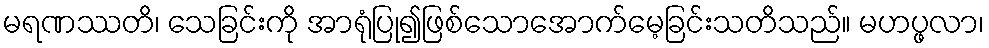
မရဏဿတိ၊ သေခြင်းကို အာရုံပြု၍ဖြစ်သောအောက်မေ့ခြင်းသတိသည်။ မဟပ္ဖလာ၊